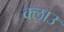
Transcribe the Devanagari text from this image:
क्लाउ